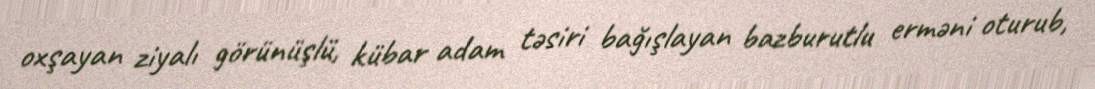
oxşayan ziyalı görünüşlü, kübar adam təsiri bağışlayan bazburutlu erməni oturub,